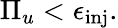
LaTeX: \Pi_{u}<\epsilon_{\mathrm{inj}}.